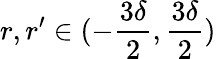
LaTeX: r,r^{\prime}\in(-\frac{3\delta}2,\frac{3\delta}2)